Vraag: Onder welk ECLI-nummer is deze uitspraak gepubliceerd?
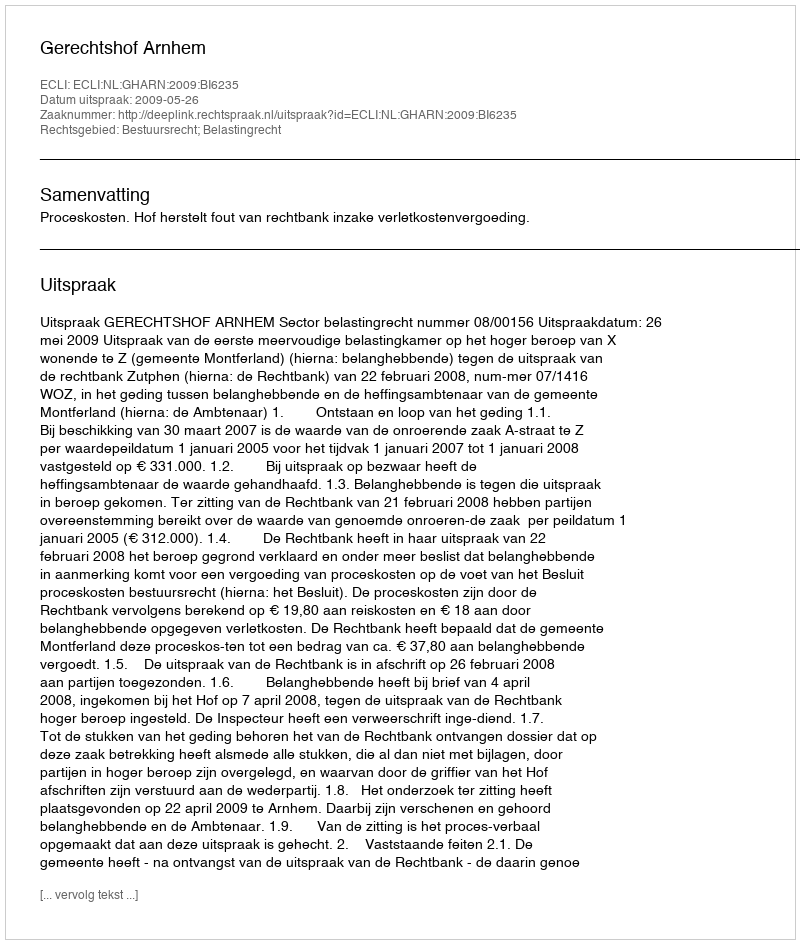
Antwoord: ECLI:NL:GHARN:2009:BI6235